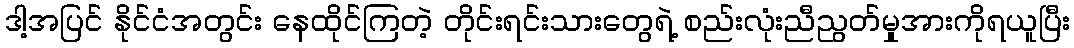
ဒါ့အပြင် နိုင်ငံအတွင်း နေထိုင်ကြတဲ့ တိုင်းရင်းသားတွေရဲ့ စည်းလုံးညီညွတ်မှုအားကိုရယူပြီး